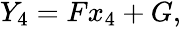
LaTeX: \begin{array}{r}{Y_{4}=Fx_{4}+G,}\end{array}